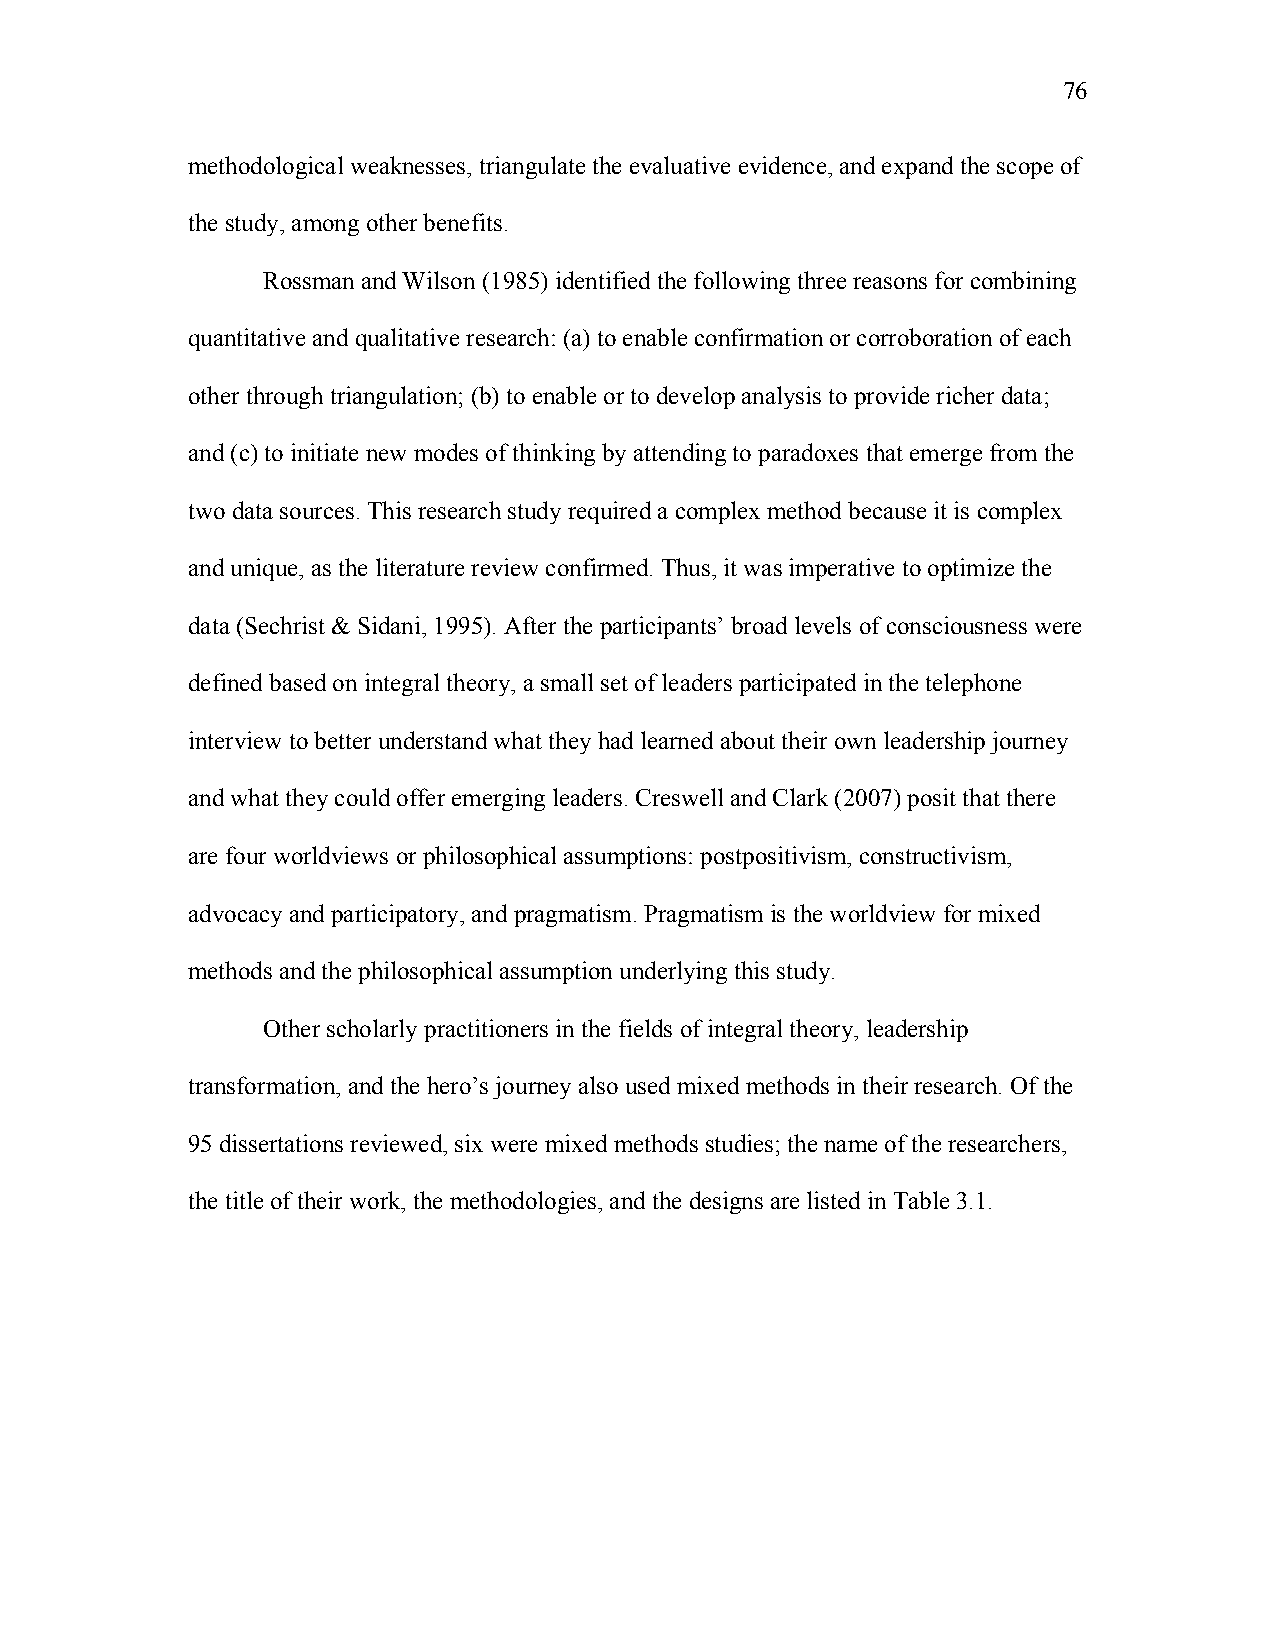
76
 methodological weaknesses, triangulate the evaluative evidence, and expand the scope of
 the study, among other benefits.
 Rossman and Wilson (1985) identified the following three reasons for combining
 quantitative and qualitative research: (a) to enable confirmation or corroboration of each
 other through triangulation; (b) to enable or to develop analysis to provide richer data;
 and (c) to initiate new modes of thinking by attending to paradoxes that emerge from the
 two data sources. This research study required a complex method because it is complex
 and unique, as the literature review confirmed. Thus, it was imperative to optimize the
 data (Sechrist & Sidani, 1995). After the participants’ broad levels of consciousness were
 defined based on integral theory, a small set of leaders participated in the telephone
 interview to better understand what they had learned about their own leadership journey
 and what they could offer emerging leaders. Creswell and Clark (2007) posit that there
 are four worldviews or philosophical assumptions: postpositivism, constructivism,
 advocacy and participatory, and pragmatism. Pragmatism is the worldview for mixed
 methods and the philosophical assumption underlying this study.
 Other scholarly practitioners in the fields of integral theory, leadership
 transformation, and the hero’s journey also used mixed methods in their research. Of the
 95 dissertations reviewed, six were mixed methods studies; the name of the researchers,
 the title of their work, the methodologies, and the designs are listed in Table 3.1.